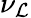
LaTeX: \nu_{\mathcal{L}}